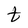
Character: t